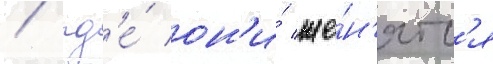
/ гд'е́ он'и́ же́н'ятс'я